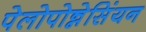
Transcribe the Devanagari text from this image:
पेलोपोन्नेसिंयन